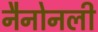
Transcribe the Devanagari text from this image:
नैनोनली